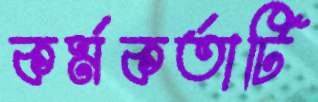
কর্মকর্তাটি